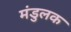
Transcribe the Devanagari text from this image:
मंडुलक